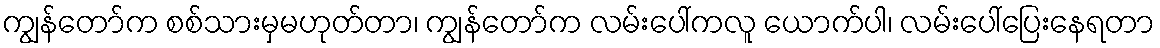
ကျွန်တော်က စစ်သားမှမဟုတ်တာ၊ ကျွန်တော်က လမ်းပေါ်ကလူ ယောက်ပါ၊ လမ်းပေါ်ပြေးနေရတာ